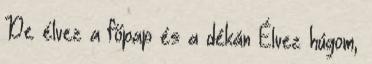
De élvez a főpap és a dékán Élvez húgom,